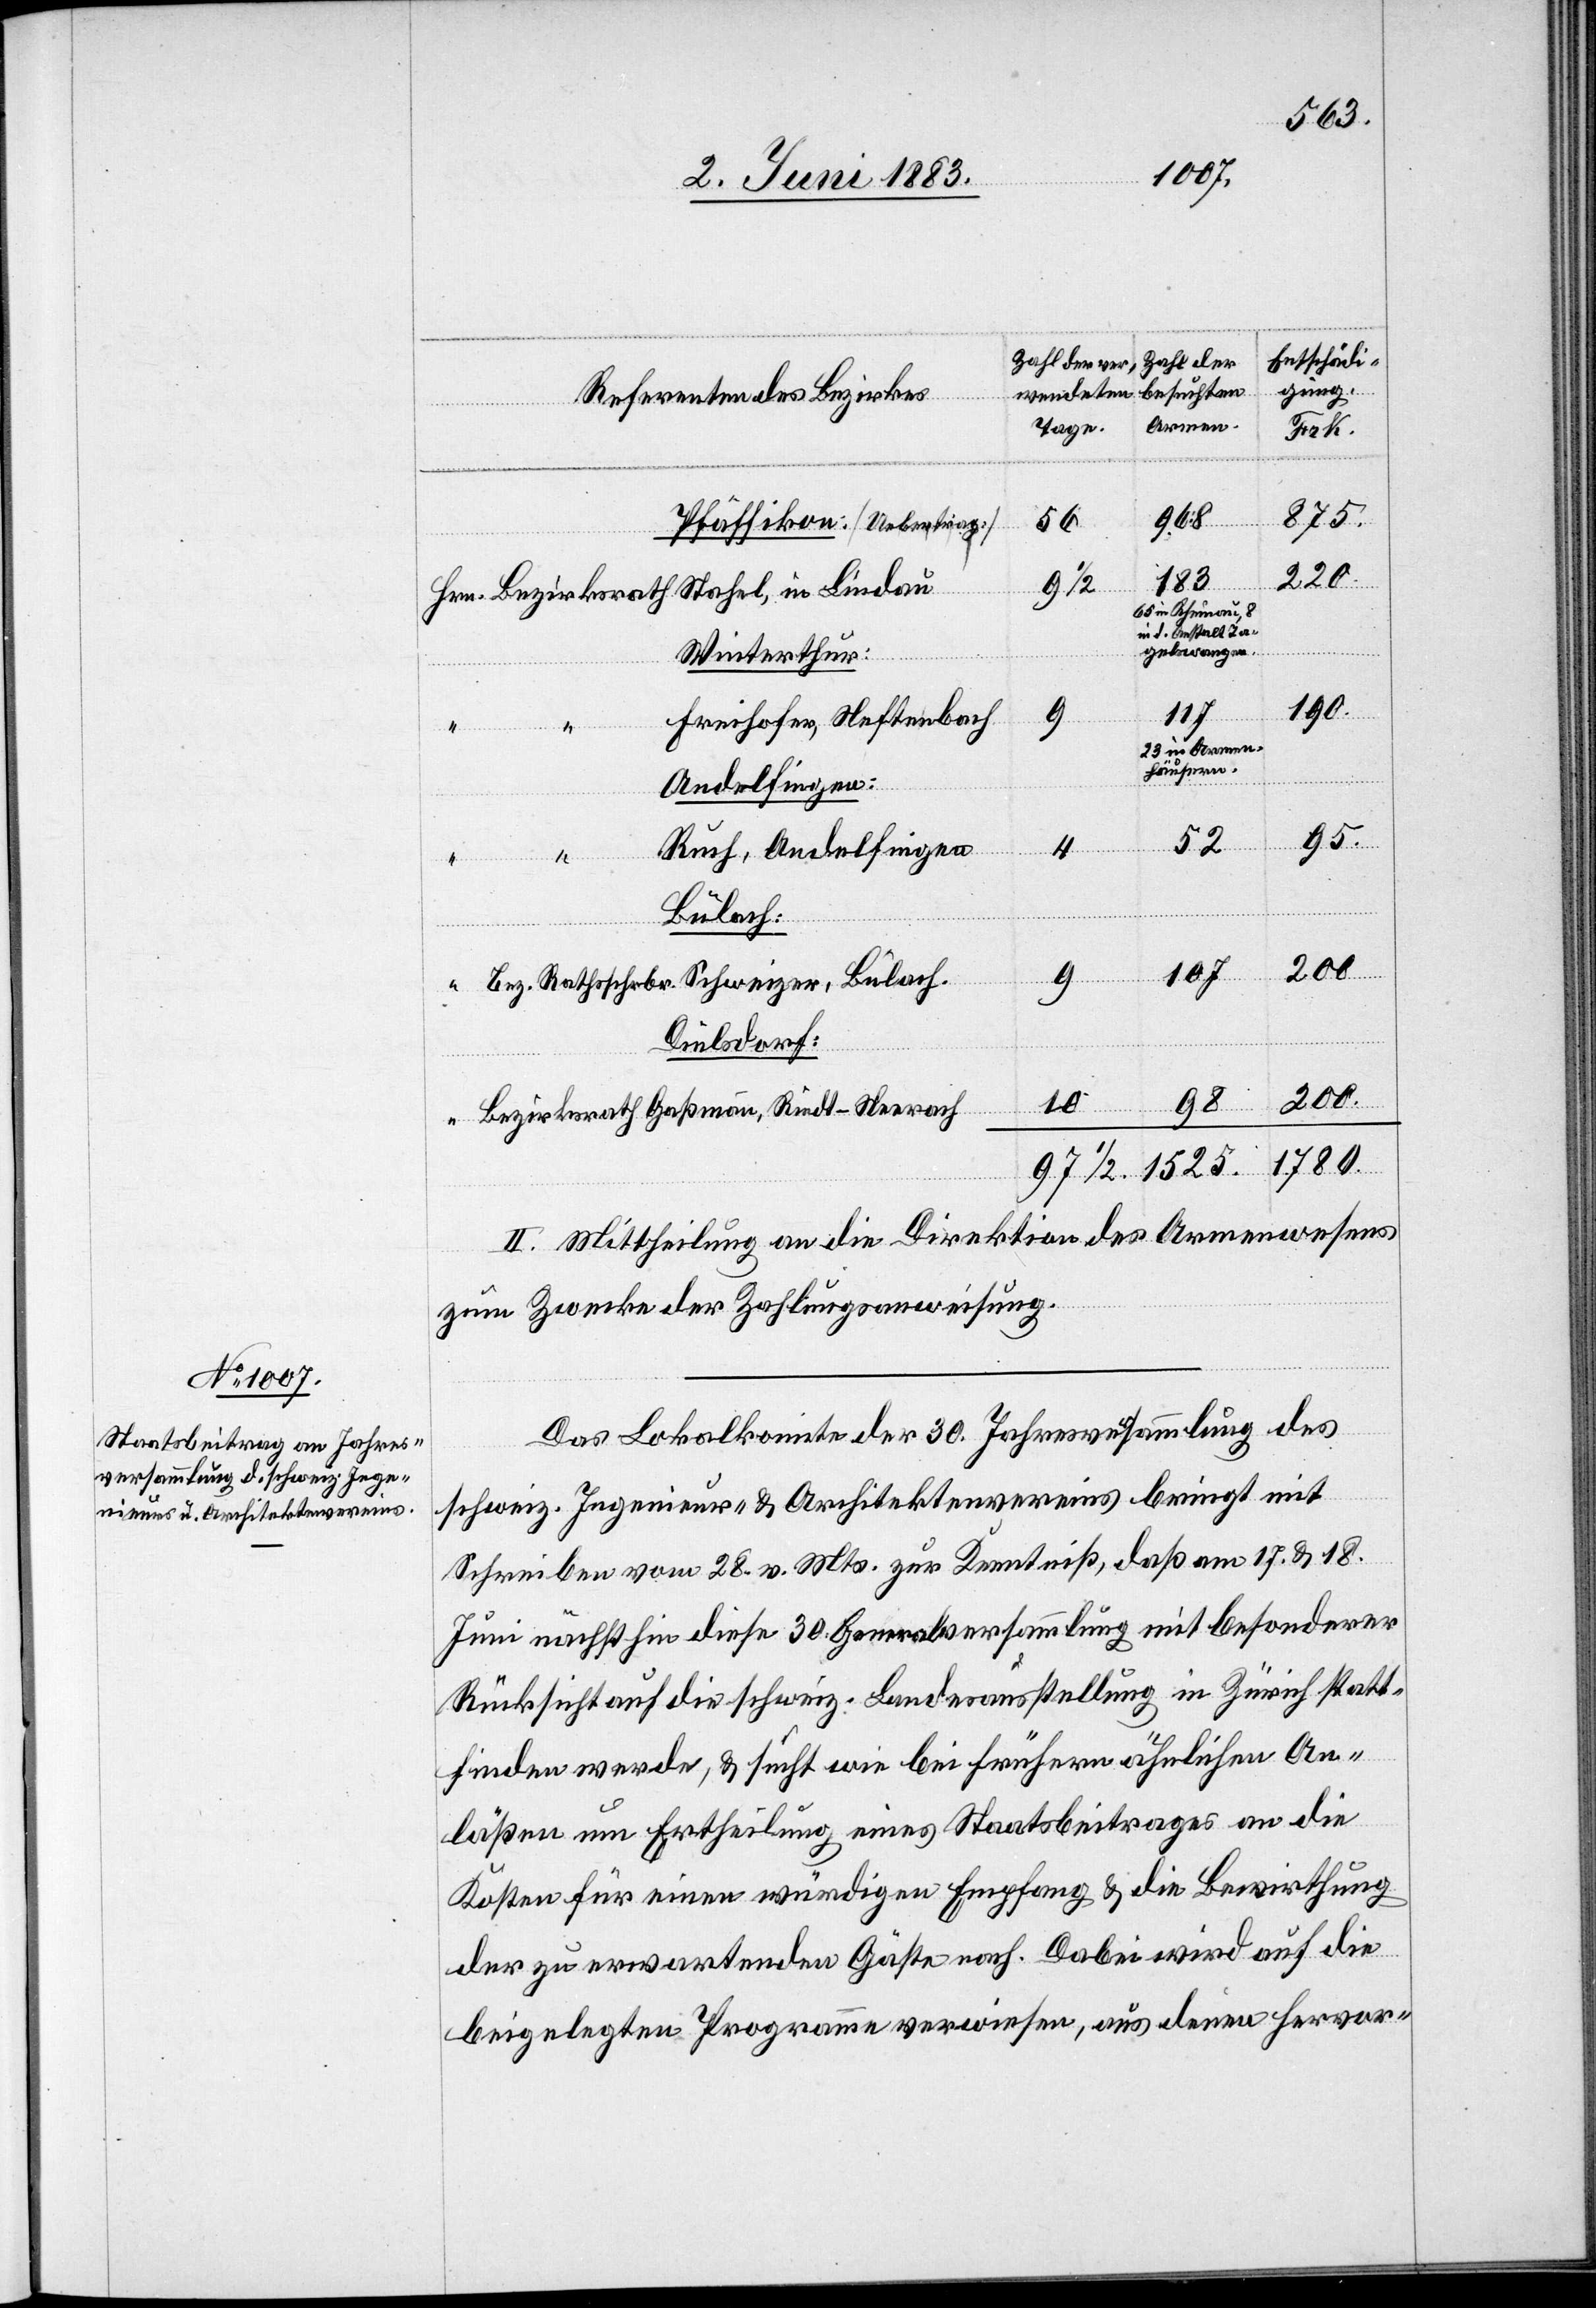
Zahl der
Zahl der ver¬
besuchten
wendeten
Referenten des Bezikes
Armen
Tage.
1525.
1780
Hrn.
56
Pfäffikon: [Uebertrag]
220
183
97 1/2
Bezirksrath Stahel, in Lindau
Winterthur:
117
Freihofer, Neftenbach
schädigung
4
23 in Armen¬
häusern
Andelfingen:
95.
52
Ruch, Andelfingen
Bülach:
200
107
Bez. Rathsschrbr. Schweizer, Bülach
Dielsdorf:
200.
10
98
Bezirksrath Gaßmann, Riedt- Neerach
II. Mittheilung an die Direktion des Armenwesens
zum Zwecke der Zahlungsanweisung.
Das Lokalkomite der 30. Jahresversammlung des
schweiz. Ingenieur- & Architektenvereins bringt mit
Schreiben vom 28. v. Mts. zur Kenntniß, daß am 17. & 18.
Juni nächsthin diese 30 Generalversammlung mit besonderer
Rücksicht auf die schweiz. Landesausstellung in Zürich statt¬
finden werde, & sucht wie bei frühern ähnlichen An¬
lässen um Ertheilung eines Staatsbeitrages an die
Kosten für einen würdigen Empfang & die Bewirthung
der zu erwartenden Gäste nach. Dabei wird auf die
beigelegten Programme verwiesen, aus denen hervor-